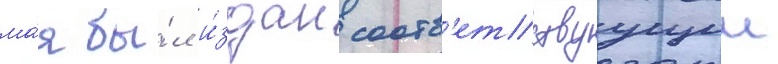
ма́я бы́л и́здан соотв'етствуущии